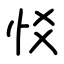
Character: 㤊